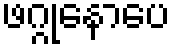
ဖဂ္ဂုနောပေ